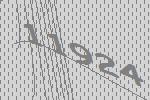
11924